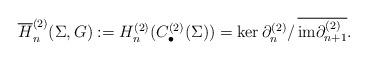
LaTeX: \begin{align*}\overline{H}_n^{(2)}(\Sigma, G) := H_n^{(2)}(C_\bullet^{(2)}(\Sigma)) = \ker\partial_n^{(2)}/\,\overline{\mathrm{im}\partial_{n + 1}^{(2)}}. \end{align*}